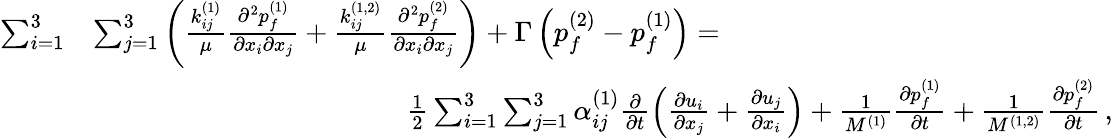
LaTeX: \begin{array}{rl}{\sum_{i=1}^{3}}&{\sum_{j=1}^{3}\left(\frac{k_{ij}^{(1)}}{\mu}\frac{\partial^{2}{p_{f}^{(1)}}}{\partial{x_{i}}\partial{x_{j}}}+\frac{k_{ij}^{(1,2)}}{\mu}\frac{\partial^{2}{p_{f}^{(2)}}}{\partial{x_{i}}\partial{x_{j}}}\right)+\Gamma\left(p_{f}^{(2)}-p_{f}^{(1)}\right)=\hphantom{XXXXXXXXXXXXX}}\\ &{\hphantom{XXXXXXXXXXXXX}\frac{1}{2}\sum_{i=1}^{3}\sum_{j=1}^{3}\alpha_{ij}^{(1)}\frac{\partial}{\partial{t}}\left(\frac{\partial{u_{i}}}{\partial{x_{j}}}+\frac{\partial{u_{j}}}{\partial{x_{i}}}\right)+\frac{1}{M^{(1)}}\frac{\partial{p_{f}^{(1)}}}{\partial{t}}+\frac{1}{M^{(1,2)}}\frac{\partial{p_{f}^{(2)}}}{\partial{t}}\, ,}\end{array}